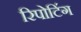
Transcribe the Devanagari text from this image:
रिपोटि॔ंग